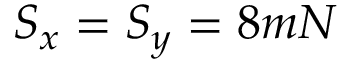
S _ { x } = S _ { y } = 8 m N